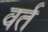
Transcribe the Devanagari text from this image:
वर्त